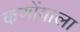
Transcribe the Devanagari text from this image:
कणोंवाला